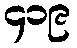
၄၁၉